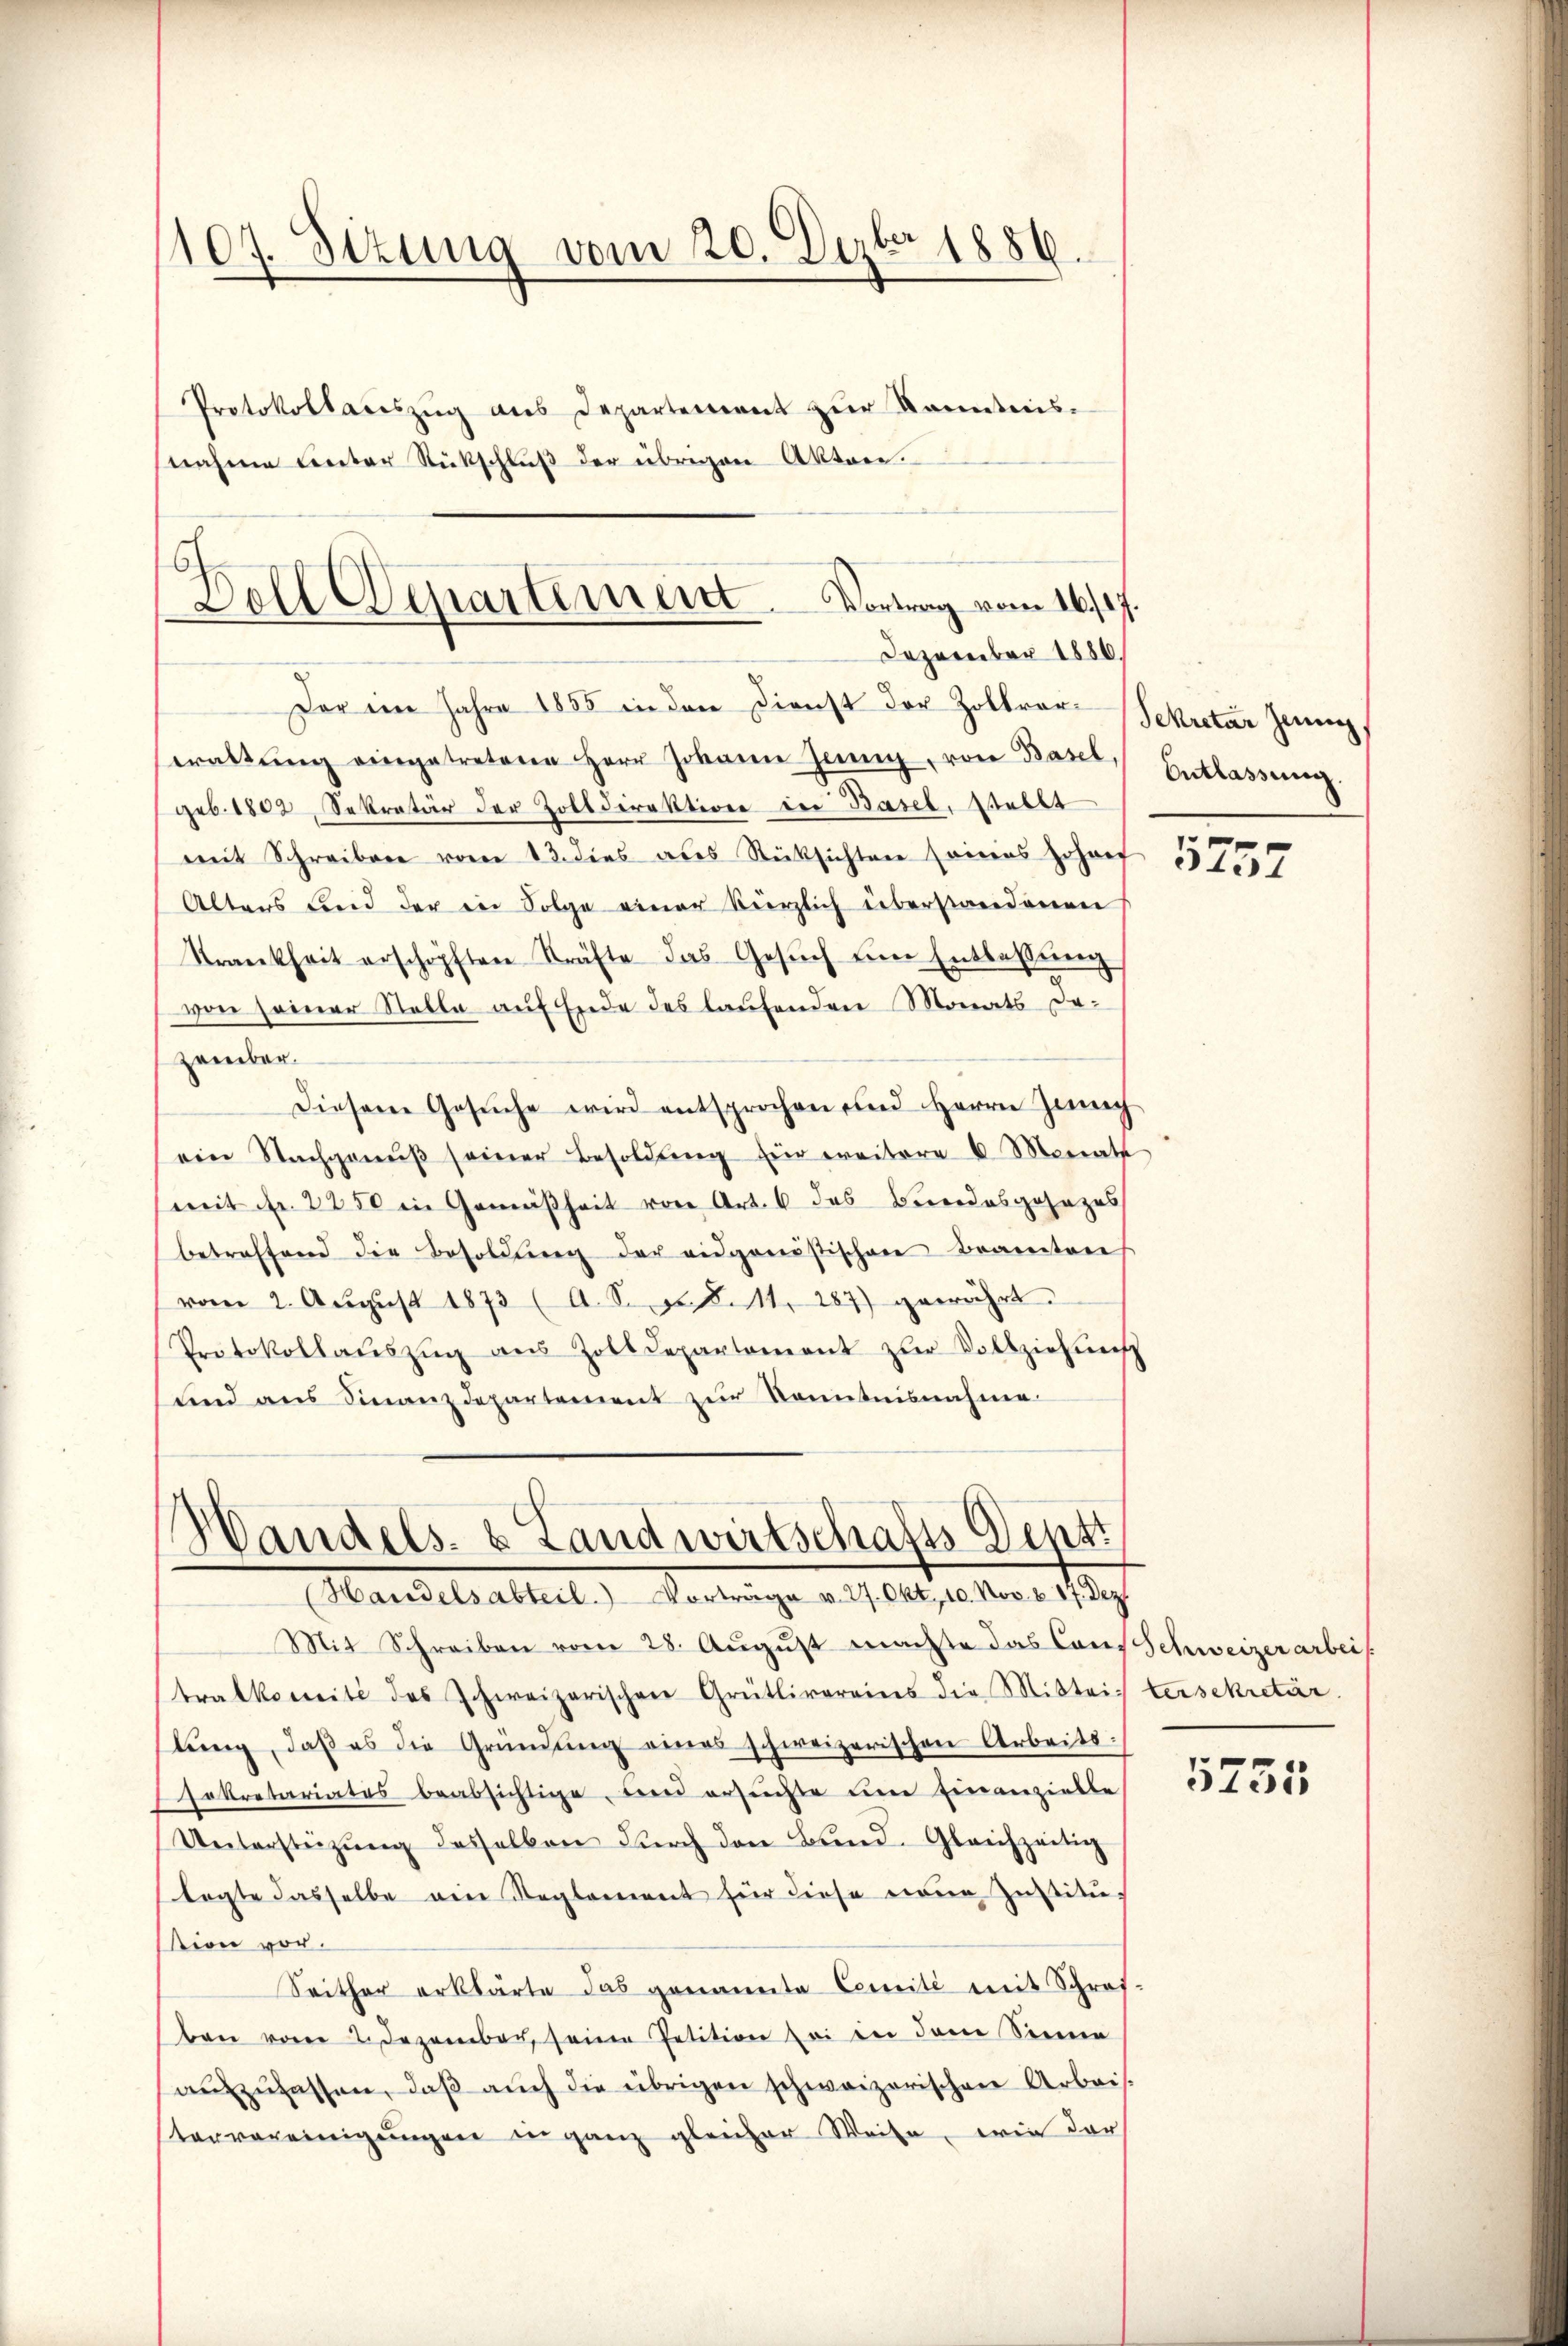
(107. Sizung vom 20. Dezbr 1886.
Protokollacszŭg aŭs Departement zŭr Kenntnis.
nahme unter Rückschlŭβ der übrigen Akten.

Boll Departement. Vortrag vom 16./17.
Dezember 1886.

Der im Jahre 1855 in den Dienst der Zollvorwaltŭng eingetretene Herr Johann Jenny, von Basel, Entlassŭng.
geb. 1802, Sekretär der Zolldirektione der Basel, stellt
mit Schreiben vom 13. dies als Rücksichten seines Johanf
Alters und der in Folge einer kürzlich überstandenen
Krankheit erschöpften Kräfte das Gesŭch ein Entlassŭng
von seiner Stelle auf Ende des laufenden Monats dazember.
Diesem Gesŭche wird entsprochen und Herrn Zunech
ein Nachganŭβ seiner Besoldŭng für weitere 6 Monat
mit fr. 2250 in Gemäßheit von Art. 6 das Bereidesgesezes
betreffend die Besoldŭng der eidgenösischen Beamtens
vom 2. Aŭgŭst 1873 (A. S. Seite 287) gewährt.
Protokollaŭszŭg aŭs Zolldepartement zŭr Vollziehung
und ans Finanzdepartement zŭr Kenntnisnahme.

Handels- & Landwirtschafts-Depti
(Handelsabteil) Vorträge v. 27. Okt. 10. Nov. 8. 17. Dez

Mit Schreiben vom 28. August machte das Cons Schweizerarbeis
tralkomité des Schweizerischen Grütlivereins die Mitteis versekretär.
lŭng, daß es die Gründŭng eines schweizerischen Arbeits
sekretariates beabsichtige, bei ersuchte um Einanzielle
Unterstüzung desselben durch den Bund. Gleichzeitig
lagte dasselbe ein Reglement für diese neue Justitu-
sion vor.
Seither erklärte das genannte Comité mit Schraf-
ben vom 2. Dezember seine Petition sei in dem Sinne
aŭszŭlassen, daβ aŭch die übrigen schweizerischen Arbeis
tervereinigŭngen in ganz gleicher Weise, wie dar

Sekretär Jenny

5757

5755